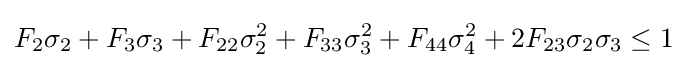
F_{2}\sigma _{2}+F_{3}\sigma _{3}+F_{22}\sigma _{2}^{2}+F_{33}\sigma _{3}^{2}+F_{44}\sigma _{4}^{2}+2F_{23}\sigma _{2}\sigma _{3}\leq 1